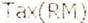
TAX(RM)